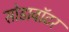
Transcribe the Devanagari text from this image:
सोडावॉटर